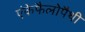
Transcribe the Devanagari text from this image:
एंकेफैलोपैथी